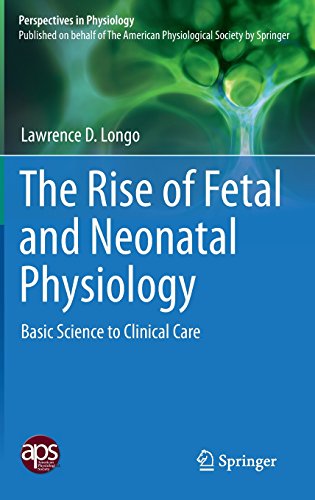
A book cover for The Rise of Fetal and Neonatal Physiology: Basic Science to Clinical Care (Perspectives in Physiology); Lawrence D. Longo; Health, Fitness & Dieting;